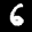
Label: 6